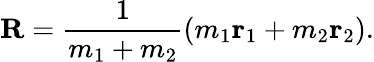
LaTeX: \mathbf{R}={\frac{1}{m_{1}+m_{2}}}(m_{1}\mathbf{r}_{1}+m_{2}\mathbf{r}_{2}).